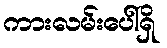
ကားလမ်းပေါ်ရှိ